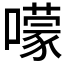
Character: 𡁏